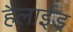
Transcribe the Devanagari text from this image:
हैलाईड